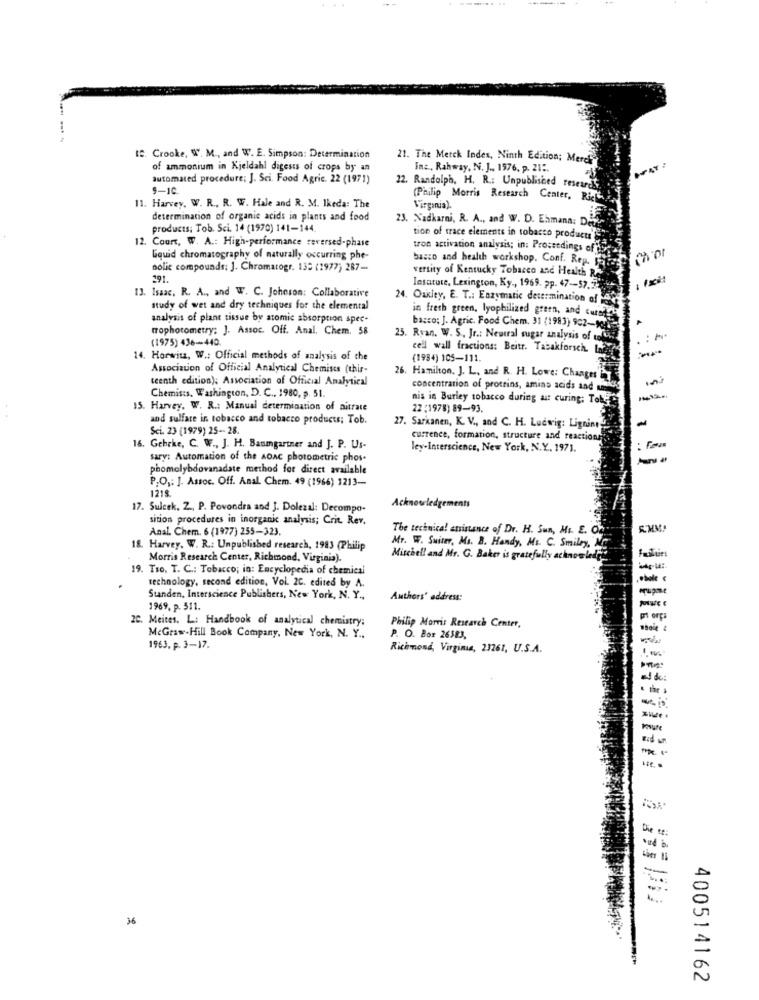
12. Crooke, W. M ., and W. E. Simpson: Determination
21. The Merck Indes, Ninth Edition; Merch
of ammonium in Kjeldahl digests of crops by an
Inc ., Rahway, N. J ., 1976. p. 21 :.
automated procedure; J. Sci. Food Agric. 22 (1971)
22. Randolph, H. R .: Unpublished researdt.
(Philip Morris Research Center, Rief
11. Harvey, W. R ., R. W. Hale and R. M. Ikeda: The
Virginia).
determination of organic acids in plants and food
23. Nadkarni, R. A ., and W. D. Ehmana: De
products: Tob. Sci. 14 (1970) 141-144.
12. Court, W. A .: High-performance reversed-phase
tion of trace elements in tobacco products
tron activation analysis; in: Proceedings of
Liquid chromatography of naturally occurring phe-
busco and health workshop. Conf. Rep.
polie compounds: J. Chromatogr. 133 (1977) 287 -.
291.
versity of Kentucky Tobacco and Health Re
Insurute, Lexington, Ky ., 1969. pp. 47 -- 57. 5.
13. Isaac, R. A ., and W. C. Johnson: Collaborative
24. Oakley, E. T .: Enzymatic determination of
study of wet and dry techniques for the elemental
in fresh green, lyophilized green, and cute?
analysis of plant tissue by atomic absorption spec-
basco; J. Agric. Food Chem. 31 (1983) 902-
tophotometry; J. Assoc. Off. Anal, Chem. 58
(1975) 436-440.
25. Ryan. W. S ., Jr .: Newral sugar analysis of tol
. : **
cell wall fractions: Beitr. Tabakforsch.
14. Horwitz, W .: Official methods of analysis of the
(1994) 105-111
Association of Official Analytical Chemises (thir-
teenth edition); Association of Official Analytical
26. Hamilton, J. L. and R. H. Lowe: Changes
concentration of proteins, amino acids and um
Chemists. Washington, D. C ., 1980, p. 51.
nis in Burley tobacco during aut curing; Toby
15. Harvey. W. R .: Manual determination of nitrate
22 :1978) 89-93.
and sulfate in tobacco and tobacco products; Tob.
Sci. 23 (1979) 25-28.
27. Sarkanen, K. V ., and C. H. Ludwig: Ligninty
currence, formation, structure and reactions
16. Gehrke, C. W ., J. H. Baumgartner and J. P. Us-
ley-Interscience, New York, N.Y, 1971.
sary: Automation of the aoac photometric phos.
phomolybdovanadate method for direct available
P.O .: ]. Assoc. Off. Anal. Chem. 49 (1966) 1213-
1218.
17. Suleck, Z ., P. Povondra and J. Dolezal: Decompo-
Acknowledgements
sitios procedures in inorganic analysis; Crit. Rev.
Anal. Chem. 6 (1977) 255-323.
The technica! etsistance of Dr. H. Sun, Mi. E. Oc.
18. Harvey. W. R .: Unpublished research, 1983 (Philip
Mr. W. Suiter, Ma. B. Handy, Ms. C. Smiley,"M
Morris Research Center, Richmond, Virginia).
Mitchell and Mr. G. Baker is gratefully acknowled
19. Tro, T. C .: Tobacco; in: Encyclopedia of chemical
technology, second edition, Vol. 2C. edited by A.
Thole
rupme
Standen, Interscience Publishers, New York, N. Y .,
Authors' address:
1969, p. 511.
2C. Meites. L: Handbook of analytical chemistry;
Philip Morris Research Center,
McGraw-Hill Book Company, New York, N. Y .,
P. O. Bor 26383,
1963, p. 3-17.
Richmond, Virginia, 23261, U.S.A.
ud k:
Posure
the to:
oud b
ther H
4.
36
400514162